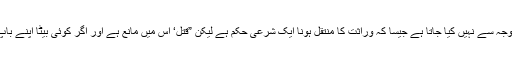
’مانع‘ کا مطلب یہ ہے کہ بعض اوقات ایک شرعی حکم کا اطلاق کسی ’مانع‘ کی وجہ سے نہیں کیا جاتا ہے جیسا کہ وراثت کا منتقل ہونا ایک شرعی حکم ہے لیکن ”قتل‘ اس میں مانع ہے اور اگر کوئی بیٹا اپنے باپ کو قتل کر دے تو وہ اپنے باپ کا وارث نہیں بنے گا اگرچہ وہ اس کا وارث ہے۔